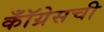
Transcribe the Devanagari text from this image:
कॉँग्रेसची